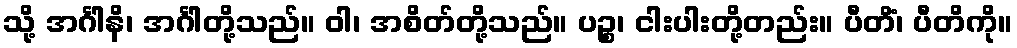
သို့ အင်္ဂါနိ၊ အင်္ဂါတို့သည်။ ဝါ၊ အစိတ်တို့သည်။ ပဉ္စ၊ ငါးပါးတို့တည်း။ ပီတိံ၊ ပီတိကို။